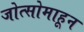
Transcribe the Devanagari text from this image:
जोत्सोमाहून